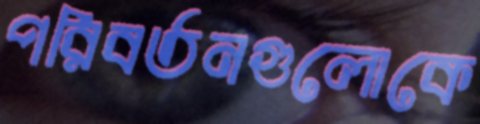
পরিবর্তনগুলোকে